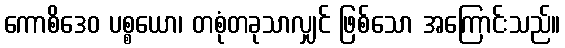
ကောစိဒေဝ ပစ္စယော၊ တစုံတခုသာလျှင် ဖြစ်သော အကြောင်းသည်။